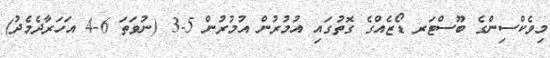
މިވެކްސިންގެ ބޫސްޓަރ ޑޯޒެއްގެ ގޮތުގައި އުމުރުން އުމުރުން 5-3 (ނުވަތަ 6-4 އަހަރާދެމެދު)